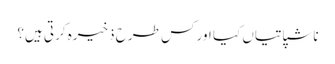
ناشپاتیاں کیا اور کس طرح ذخیرہ کرتی ہیں؟